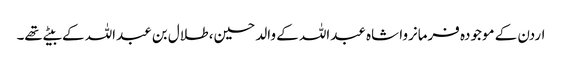
اردن کے موجودہ فرمانروا شاہ عبداللہ کے والد حسین، طلال بن عبداللہ کے بیٹے تھے۔